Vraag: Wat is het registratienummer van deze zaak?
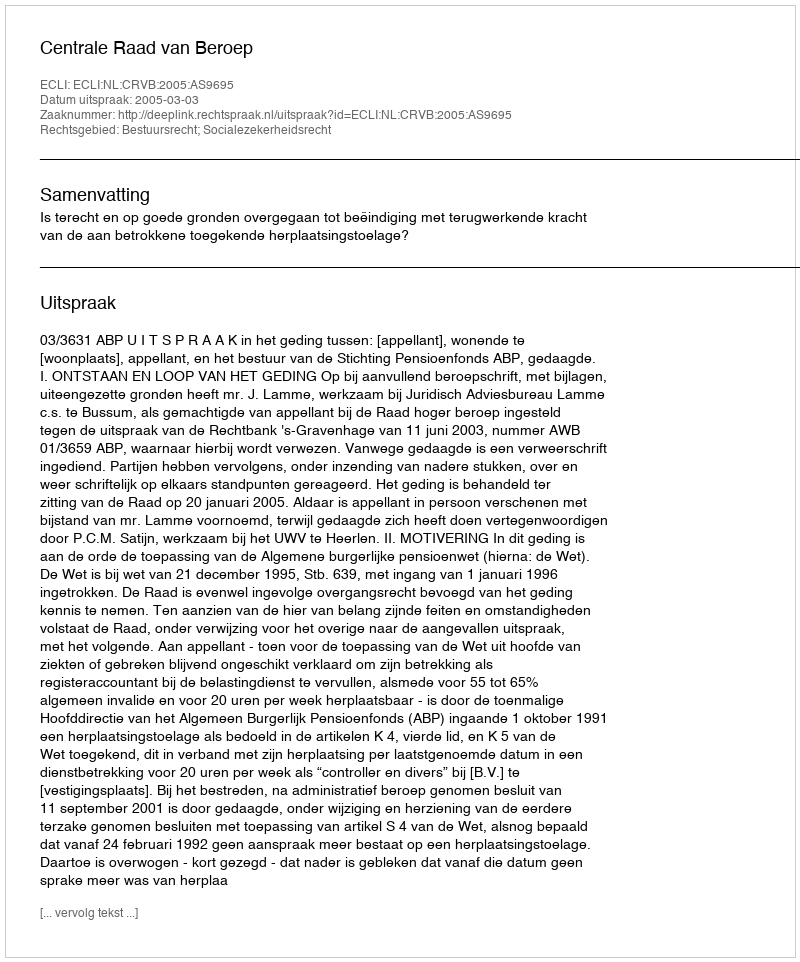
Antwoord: http://deeplink.rechtspraak.nl/uitspraak?id=ECLI:NL:CRVB:2005:AS9695